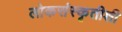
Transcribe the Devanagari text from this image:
लोकसंस्कृतीशी